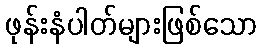
ဖုန်းနံပါတ်များဖြစ်သော